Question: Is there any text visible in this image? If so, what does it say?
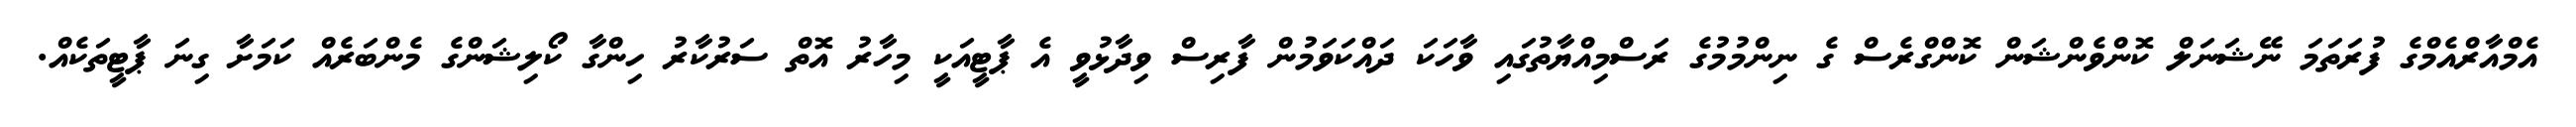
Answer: އެމްއާރްއެމްގެ ފުރަތަމަ ނޭޝަނަލް ކޮންވެންޝަން ކޮންގްރެސް ގެ ނިންމުމުގެ ރަސްމިއްޔާތުގައި ވާހަކަ ދައްކަވަމުން ފާރިސް ވިދާޅުވީ އެ ޕާޓީއަކީ މިހާރު އޮތް ސަރުކާރު ހިންގާ ކޯލިޝަންގެ މެންބަރެއް ކަމަށާ ގިނަ ޕާޓީތަކެއް.